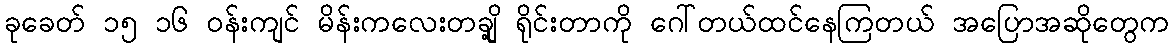
ခုခေတ် ၁၅ ၁၆ ဝန်းကျင် မိန်းကလေးတချို့ ရိုင်းတာကို ဂေါ်တယ်ထင်နေကြတယ် အပြောအဆိုတွေက